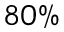
8 0 \%